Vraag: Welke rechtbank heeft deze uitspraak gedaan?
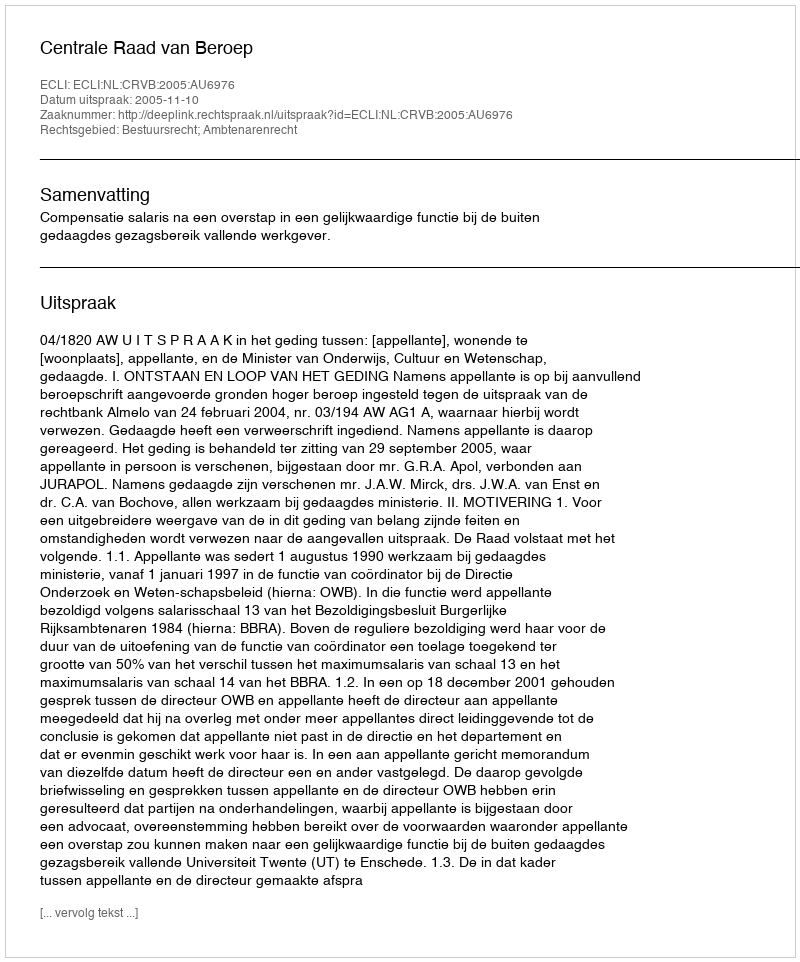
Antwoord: Centrale Raad van Beroep